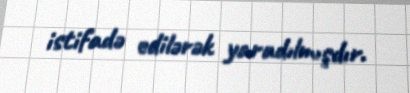
istifadə edilərək yaradılmışdır.